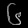
Digit: ၆